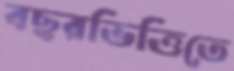
বছরভিত্তিতে